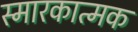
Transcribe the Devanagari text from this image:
स्मारकात्मक